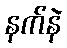
နက်နဲ